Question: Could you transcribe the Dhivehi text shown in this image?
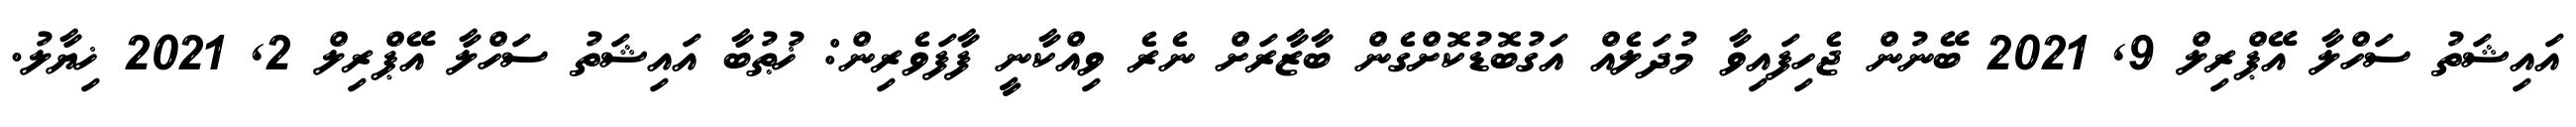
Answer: އައިޝަތު ސަހްލާ އޭޕްރިލް 9, 2021 ބޭނުން ޖެހިފައިވާ މުދަލެއް އަގުބޮޑުކޮށްގެން ބާޒާރަށް ނެރެ ވިއްކާނީ ފާފަވެރިން: ޚުޠުބާ އައިޝަތު ސަހްލާ އޭޕްރިލް 2, 2021 ޚިޔާލު.